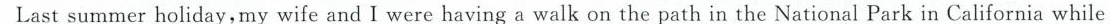
Lastsummer holiday，my wife and I were having a walk on the path in the National Park in California while